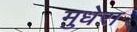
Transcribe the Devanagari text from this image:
मुधेरा